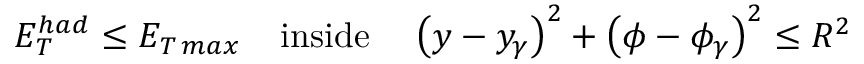
E _ { T } ^ { h a d } \leq E _ { T \, m a x } \; \; \; \; \mathrm { i n s i d e } \; \; \; \; \left( y - y _ { \gamma } \right) ^ { 2 } + \left( \phi - \phi _ { \gamma } \right) ^ { 2 } \leq R ^ { 2 }